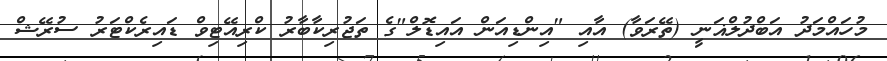
މުހައްމަދު އަބްދުލްޣަނީ (ތޭރަވާ) އާއި "އިންޑިއަން އައިޑޮލް"ގެ ތަޖުރިކާބާރު ކްރިއޭޓިވް ޑައިރެކްޓަރު ސުރޭޝް